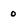
Character: o